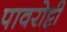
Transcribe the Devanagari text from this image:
पावरोट्टी